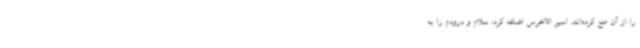
را از آن منع کرده‌اند. اسیر الاخرس اضافه کرد: سلام و درودم را به